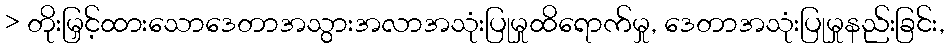
> တိုးမြှင့်ထားသောဒေတာအသွားအလာအသုံးပြုမှုထိရောက်မှု, ဒေတာအသုံးပြုမှုနည်းခြင်း,